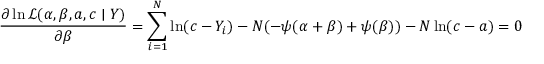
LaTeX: { \frac { \partial \ln { \mathcal { L } } ( \alpha , \beta , a , c \mid Y ) } { \partial \beta } } = \sum _ { i = 1 } ^ { N } \ln ( c - Y _ { i } ) - N ( - \psi ( \alpha + \beta ) + \psi ( \beta ) ) - N \ln ( c - a ) = 0